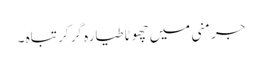
جرمنی میں چھوٹا طیارہ گرِ کر تباہ ۔